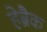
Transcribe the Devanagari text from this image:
हेब्रैक